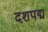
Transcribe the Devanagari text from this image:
दशपद्म